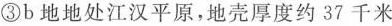
③b地地处江汉平原，地壳厚度约37千米